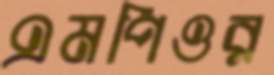
এমপিওর